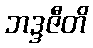
ဘဒ္ဒဇီတိ